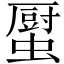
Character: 𧒉